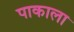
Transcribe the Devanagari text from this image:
पाकाला